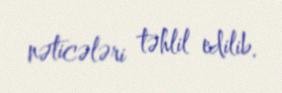
nəticələri təhlil edilib.